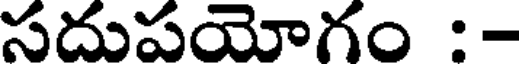
సదుపయోగం :-